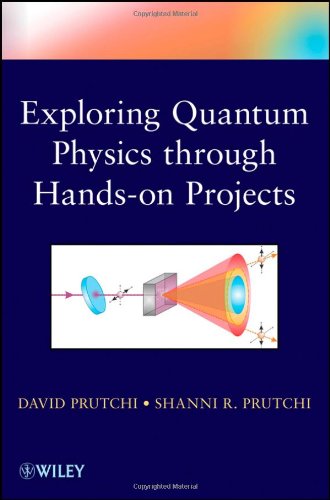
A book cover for Exploring Quantum Physics through Hands-on Projects; David Prutchi; Science & Math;